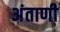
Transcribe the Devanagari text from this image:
अंताणी